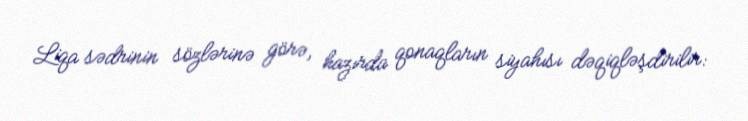
Liqa sədrinin sözlərinə görə, hazırda qonaqların siyahısı dəqiqləşdirilir: